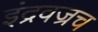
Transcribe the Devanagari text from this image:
इंद्रवज्रच